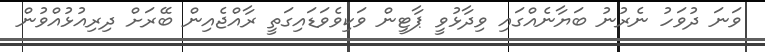
ވަނަ ދުވަހު ނެރުނު ބަޔާނެއްގައި ވިދާޅުވީ ޕާޓީން ވަކިވެވަޑައިގަތީ ރާއްޖެއިން ބޭރަށް ދިރިއުޅުއްވުން